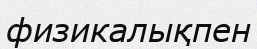
физикалықпен